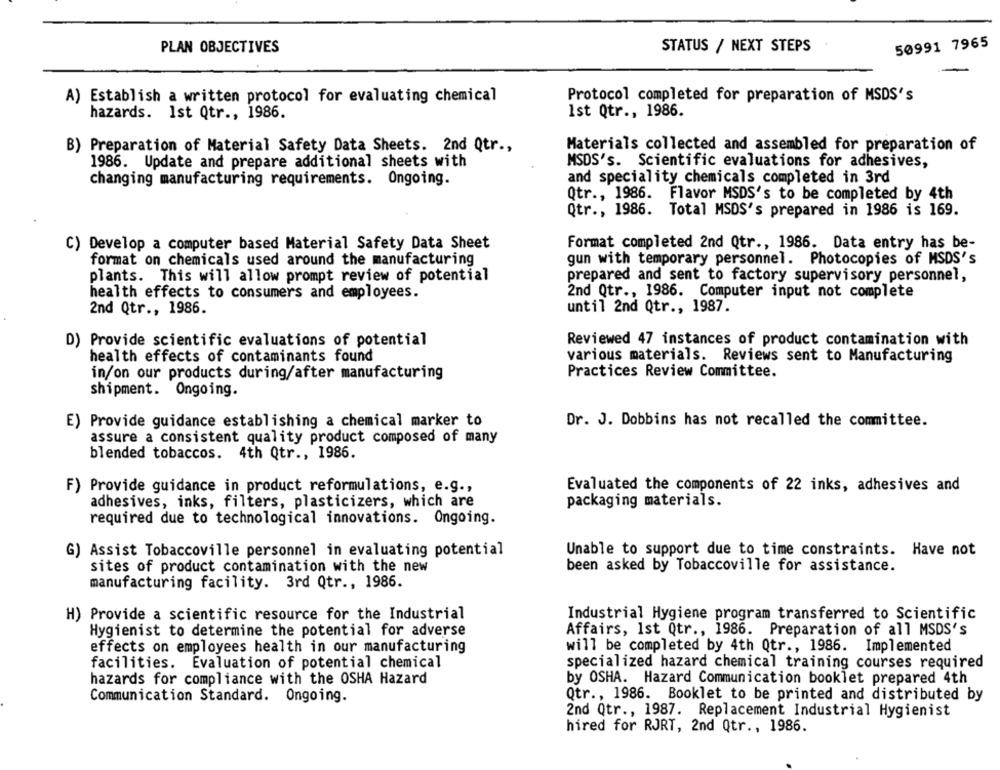
50991 7965
PLAN OBJECTIVES
STATUS / NEXT STEPS
A) Establish a written protocol for evaluating chemical
Protocol completed for preparation of MSDS's
hazards. Ist Qtr ., 1986.
Ist Qtr ., 1986.
Materials collected and assembled for preparation of
B) Preparation of Material Safety Data Sheets. 2nd Qtr .,
MSDS's. Scientific evaluations for adhesives,
1986. Update and prepare additional sheets with
changing manufacturing requirements. Ongoing.
and speciality chemicals completed in 3rd
Qtr ., 1986. Flavor MSDS's to be completed by 4th
Qtr ., 1986. Total MSDS's prepared in 1986 is 169.
C) Develop a computer based Material Safety Data Sheet
Format completed 2nd Qtr ., 1986. Data entry has be-
format on chemicals used around the manufacturing
gun with temporary personnel. Photocopies of MSDS's
plants. This will allow prompt review of potential
prepared and sent to factory supervisory personnel,
health effects to consumers and employees.
2nd Qtr ., 1986. Computer input not complete
until 2nd Qtr ., 1987.
2nd Qtr ., 1986.
D) Provide scientific evaluations of potential
Reviewed 47 instances of product contamination with
health effects of contaminants found
various materials. Reviews sent to Manufacturing
in/on our products during/after manufacturing
Practices Review Committee.
shipment. Ongoing.
E) Provide guidance establishing a chemical marker to
Dr. J. Dobbins has not recalled the committee.
assure a consistent quality product composed of many
blended tobaccos. 4th Qtr ., 1986.
F) Provide guidance in product reformulations, e.g .,
Evaluated the components of 22 inks, adhesives and
adhesives, inks, filters, plasticizers, which are
packaging materials.
required due to technological innovations. Ongoing.
G) Assist Tobaccoville personnel in evaluating potential
Unable to support due to time constraints. Have not
sites of product contamination with the new
been asked by Tobaccoville for assistance.
manufacturing facility. 3rd Qtr ., 1986.
H) Provide a scientific resource for the Industrial
Industrial Hygiene program transferred to Scientific
Hygienist to determine the potential for adverse
Affairs, Ist Qtr ., 1986. Preparation of all MSDS's
effects on employees health in our manufacturing
will be completed by 4th Qtr ., 1986. Implemented
facilities. Evaluation of potential chemical
specialized hazard chemical training courses required
hazards for compliance with the OSHA Hazard
by OSHA. Hazard Communication booklet prepared 4th
Communication Standard. Ongoing.
Qtr ., 1986. Booklet to be printed and distributed by
2nd Qtr ., 1987. Replacement Industrial Hygienist
hired for RJRT, 2nd Qtr ., 1986.